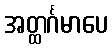
အတ္ထင်္ဂမာပေ